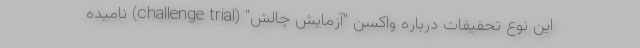
این نوع تحقیقات درباره واکسن "آزمایش چالش" (challenge trial) نامیده